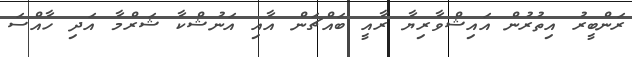
ރަންބީރު އިތުރުން އައިޝްވާރިޔާ ރާއީ ބައްޗަން އާއި އަނުޝްކާ ޝަރްމާ އަދި ހާއްސަ